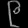
Digit: ၉